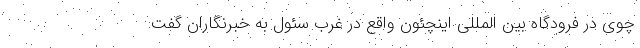
چوی در فرودگاه بین المللی اینچئون واقع در غرب سئول به خبرنگاران گفت: